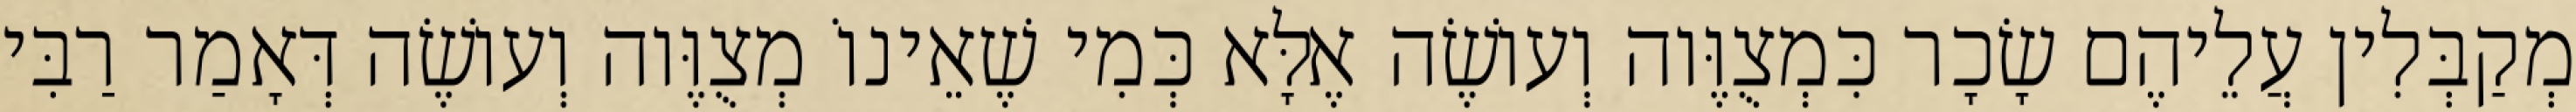
מְקַבְּלִין עֲלֵיהֶם שָׂכָר כִּמְצֻוֶּוה וְעוֹשֶׂה אֶלָּא כְּמִי שֶׁאֵינוֹ מְצֻוֶּוה וְעוֹשֶׂה דְּאָמַר רַבִּי